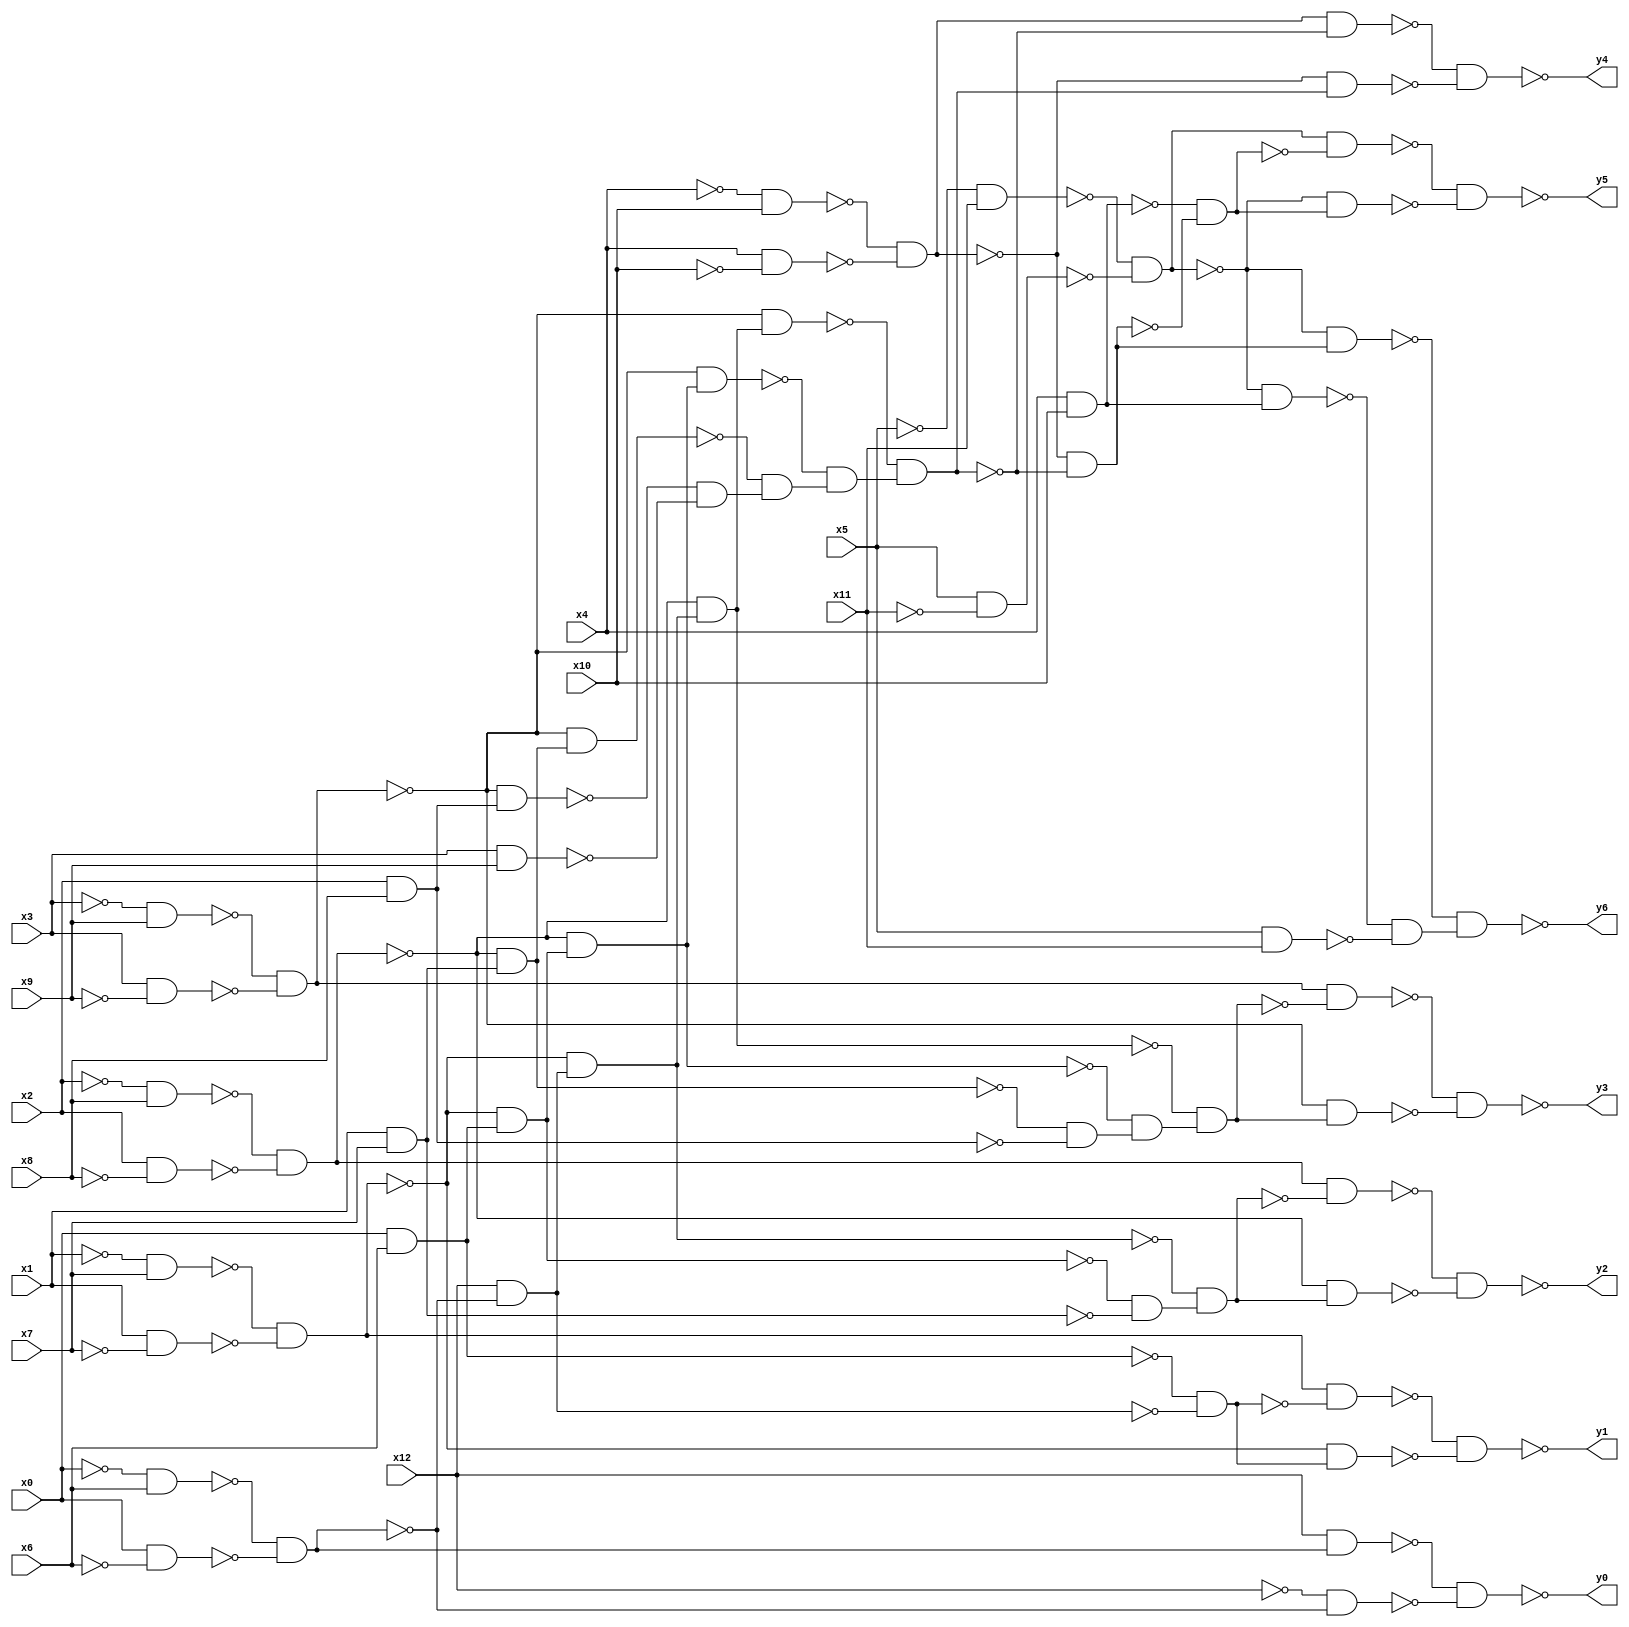
module top(x0, x1, x2, x3, x4, x5, x6, x7, x8, x9, x10, x11, x12, y0, y1, y2, y3, y4, y5, y6);
  input x0, x1, x2, x3, x4, x5, x6, x7, x8, x9, x10, x11, x12;
  output y0, y1, y2, y3, y4, y5, y6;
  wire n14, n15, n16, n17, n18, n19, n20, n21, n22, n23, n24, n25, n26, n27, n28, n29, n30, n31, n32, n33, n34, n35, n36, n37, n38, n39, n40, n41, n42, n43, n44, n45, n46, n47, n48, n49, n50, n51, n52, n53, n54, n55, n56, n57, n58, n59, n60, n61, n62, n63, n64, n65, n66, n67, n68, n69, n70, n71, n72, n73, n74, n75, n76, n77, n78, n79, n80, n81;
  assign n14 = ~x0 & x6;
  assign n15 = x0 & ~x6;
  assign n16 = ~n14 & ~n15;
  assign n17 = x12 & n16;
  assign n18 = ~x12 & ~n16;
  assign n19 = ~n17 & ~n18;
  assign n20 = ~x1 & x7;
  assign n21 = x1 & ~x7;
  assign n22 = ~n20 & ~n21;
  assign n23 = x0 & x6;
  assign n24 = x12 & ~n16;
  assign n25 = ~n23 & ~n24;
  assign n26 = n22 & ~n25;
  assign n27 = ~n22 & n25;
  assign n28 = ~n26 & ~n27;
  assign n29 = ~x2 & x8;
  assign n30 = x2 & ~x8;
  assign n31 = ~n29 & ~n30;
  assign n34 = ~n22 & n24;
  assign n32 = ~n22 & n23;
  assign n33 = x1 & x7;
  assign n35 = ~n32 & ~n33;
  assign n36 = ~n34 & n35;
  assign n37 = n31 & ~n36;
  assign n38 = ~n31 & n36;
  assign n39 = ~n37 & ~n38;
  assign n40 = ~x3 & x9;
  assign n41 = x3 & ~x9;
  assign n42 = ~n40 & ~n41;
  assign n46 = ~n31 & n34;
  assign n44 = ~n31 & n32;
  assign n43 = ~n31 & n33;
  assign n45 = x2 & x8;
  assign n47 = ~n43 & ~n45;
  assign n48 = ~n44 & n47;
  assign n49 = ~n46 & n48;
  assign n50 = n42 & ~n49;
  assign n51 = ~n42 & n49;
  assign n52 = ~n50 & ~n51;
  assign n53 = ~x4 & x10;
  assign n54 = x4 & ~x10;
  assign n55 = ~n53 & ~n54;
  assign n60 = ~n42 & n46;
  assign n58 = ~n42 & n44;
  assign n57 = ~n42 & n43;
  assign n56 = ~n42 & n45;
  assign n59 = x3 & x9;
  assign n61 = ~n56 & ~n59;
  assign n62 = ~n57 & n61;
  assign n63 = ~n58 & n62;
  assign n64 = ~n60 & n63;
  assign n65 = n55 & ~n64;
  assign n66 = ~n55 & n64;
  assign n67 = ~n65 & ~n66;
  assign n68 = ~x5 & x11;
  assign n69 = x5 & ~x11;
  assign n70 = ~n68 & ~n69;
  assign n71 = x4 & x10;
  assign n72 = ~n55 & ~n64;
  assign n73 = ~n71 & ~n72;
  assign n74 = n70 & ~n73;
  assign n75 = ~n70 & n73;
  assign n76 = ~n74 & ~n75;
  assign n79 = ~n70 & n72;
  assign n77 = ~n70 & n71;
  assign n78 = x5 & x11;
  assign n80 = ~n77 & ~n78;
  assign n81 = ~n79 & n80;
  assign y0 = ~n19;
  assign y1 = ~n28;
  assign y2 = ~n39;
  assign y3 = ~n52;
  assign y4 = ~n67;
  assign y5 = ~n76;
  assign y6 = ~n81;
endmodule